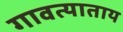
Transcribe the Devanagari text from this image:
गावत्याताय